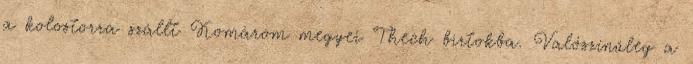
a kolostorra szállt Komárom megyei Thech birtokba. Valószínűleg a